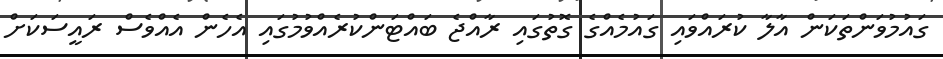
ގައުމުވަންތަކަން އާލާ ކުރައްވައި ގައުމެއްގެ ގޮތުގައި ރާއްޖެ ބައްޓަންކުރެއްވުމުގައި އެހެން އެއްވެސް ރައީސަކަށް